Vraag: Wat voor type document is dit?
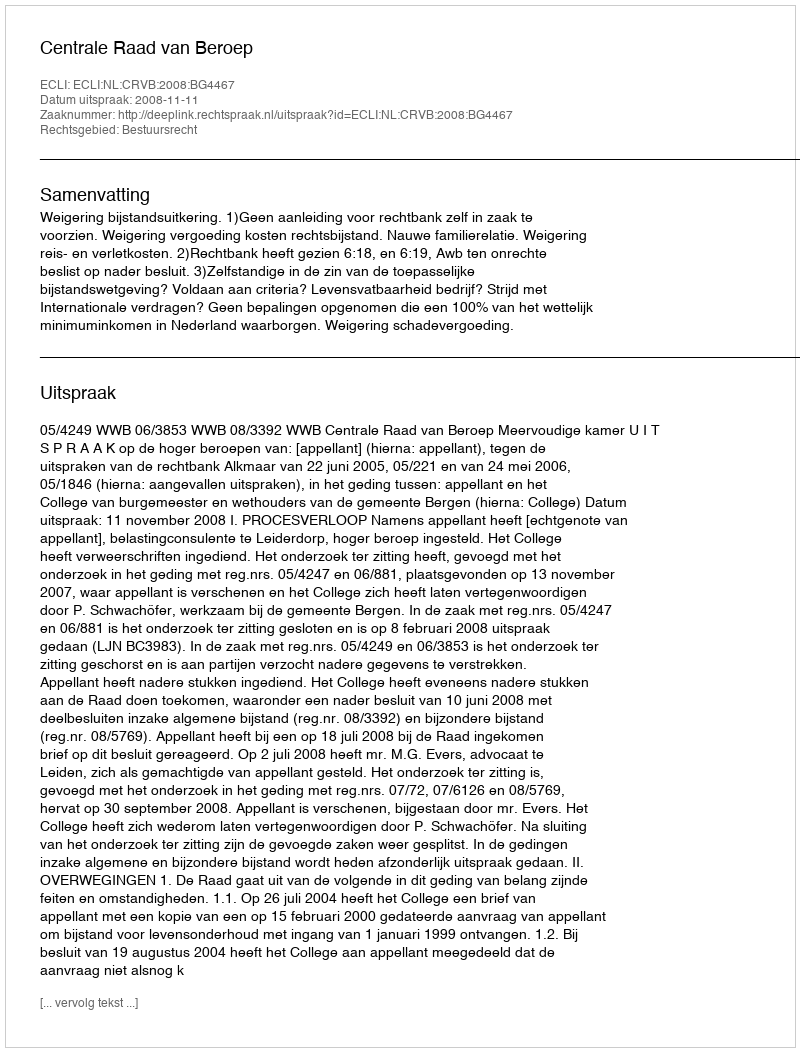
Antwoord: Uitspraak